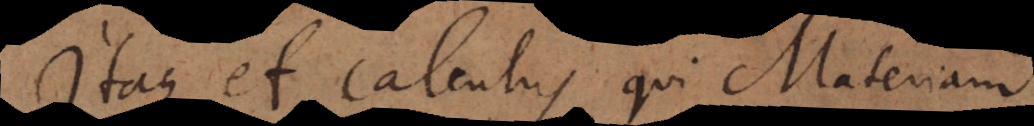
Itaque et calculus qui Materiam